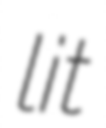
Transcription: lit